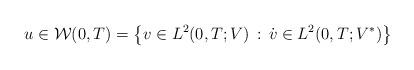
LaTeX: \begin{align*} u \in \mathcal{W}(0,T) = \big\{ v \in L^2(0,T;V) \, : \,\dot{v} \in L^2(0,T;V^*) \big\} \end{align*}